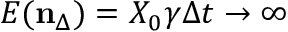
E ( \mathbf { n } _ { \Delta } ) = X _ { 0 } \gamma \Delta t \to \infty